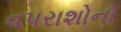
વપરાશોનો